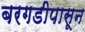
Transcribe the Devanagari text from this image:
बरगडीपासून